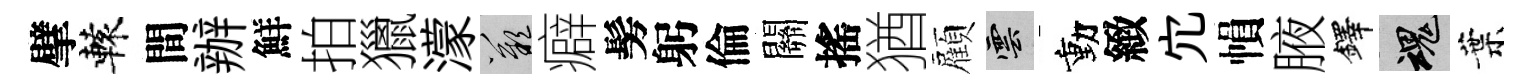
擘轅間辦鮮拍獵濛嘆癖髣躬倫關搖猶顧雲動緻宂𢄙腋鐸魂葉